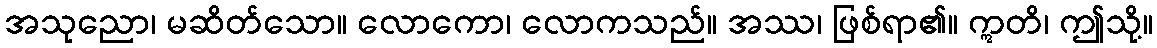
အသုညော၊ မဆိတ်သော။ လောကော၊ လောကသည်။ အဿ၊ ဖြစ်ရာ၏။ ဣတိ၊ ဤသို့။